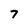
Character: 7